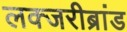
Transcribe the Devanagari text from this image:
लक्जरीब्रांड